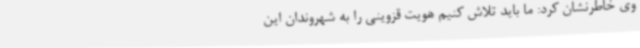
وی خاطرنشان کرد: ما باید تلاش کنیم هویت قزوینی را به شهروندان این